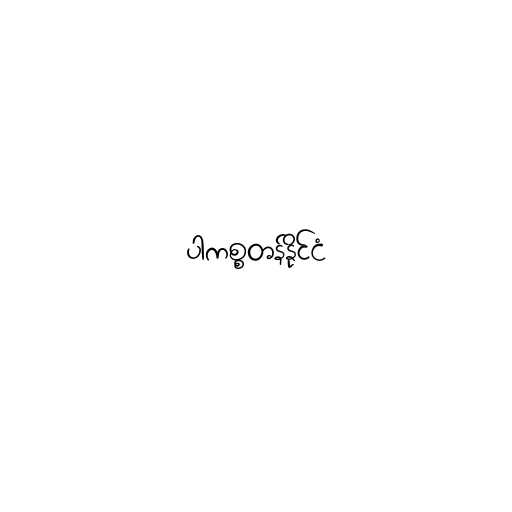
ပါကစ္စတန်နိုင်ငံ